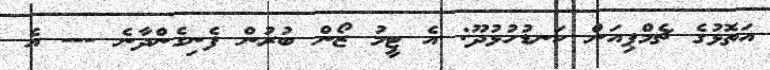
އަތޮޅުގެ ޗެމްޕިއަން ކަނޑުހުޅުދޫ: އެ ޓީމު ޒޯން ބުރުން ފެނިގެންދާނެ --- އެ